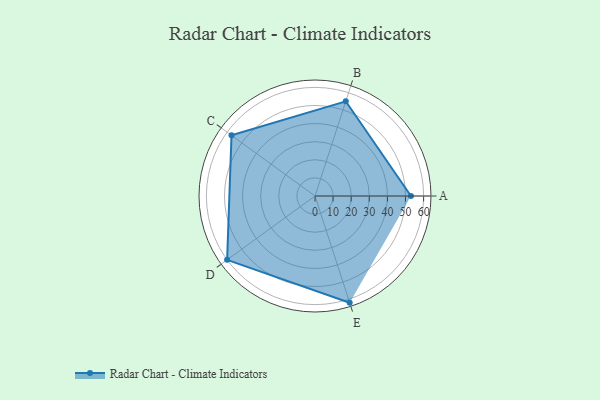
{"axis": {"x": "Skill", "y": "Score"}, "legend": ["Profile"], "data": [{"x": "A", "y": 53.0, "type": "Profile"}, {"x": "B", "y": 55.0, "type": "Profile"}, {"x": "C", "y": 57.0, "type": "Profile"}, {"x": "D", "y": 60.0, "type": "Profile"}, {"x": "E", "y": 62.0, "type": "Profile"}]}